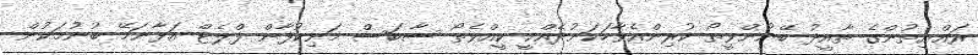
ރައްޔިތުންގެ ތާއީދު ބޭނުންވީތޯ ކުރިންއެވާހަކަނުދެއްކީ ކީއްވެތޯ ސާބަސް މަނިކުފާން ފްލެޓް އަޅާނަމޭ ބުނުމަކުން